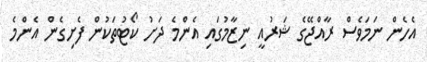
އެހެން ނަމަވެސް ރާއްޖޭގެ ޝަރުއީ ނިޒާމުގައި އެންމެ ދަށު ކޯޓުތަކުން ފެށިގެން އެންމެ